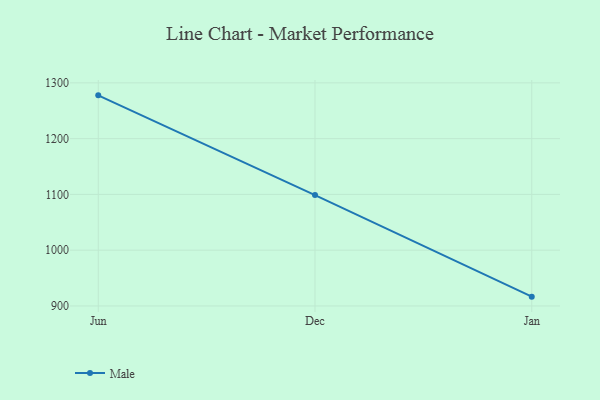
{"axis": {"x": "Month", "y": "Revenue (USD Million)"}, "legend": ["Male"], "data": [{"x": "Jun", "y": 1277.6, "type": "Male"}, {"x": "Dec", "y": 1098.8, "type": "Male"}, {"x": "Jan", "y": 916.7, "type": "Male"}]}